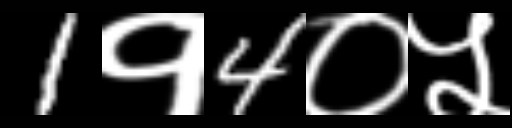
Text: 1१4०५